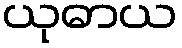
ယုဓာယ